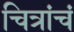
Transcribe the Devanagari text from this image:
चित्रांचं